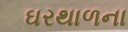
ઘરથાળના